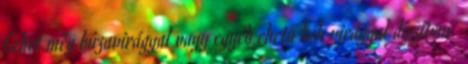
Lehet még búzavirággal vagy egyéb ehető kék virággal díszíteni.